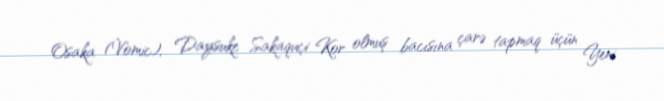
Osaka (Vomic), Daysuke Sakaquçi Kor olmuş bacısına çarə tapmaq üçün Yeni